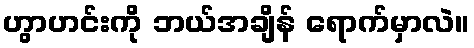
ဟွာဟင်းကို ဘယ်အချိန် ရောက်မှာလဲ။